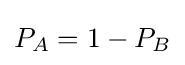
P_{A}=1-P_{B}